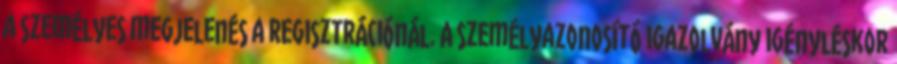
a személyes megjelenés a regisztrációnál. A személyazonosító igazolvány igényléskor